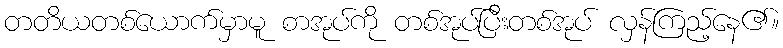
တတိယတစ်ယောက်မှာမူ စာအုပ်ကို တစ်အုပ်ပြီးတစ်အုပ် လှန်ကြည့်နေ၏။